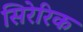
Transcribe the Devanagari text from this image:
सिरेरिक